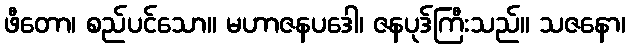
ဖီတော၊ စည်ပင်သော။ မဟာဇနပဒေါ၊ ဇနပုဒ်ကြီးသည်။ သဇနော၊